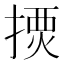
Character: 𢱾